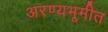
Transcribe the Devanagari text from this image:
अरण्यभूमीत